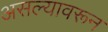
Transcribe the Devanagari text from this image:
असल्यावरून